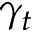
\gamma _ { t }